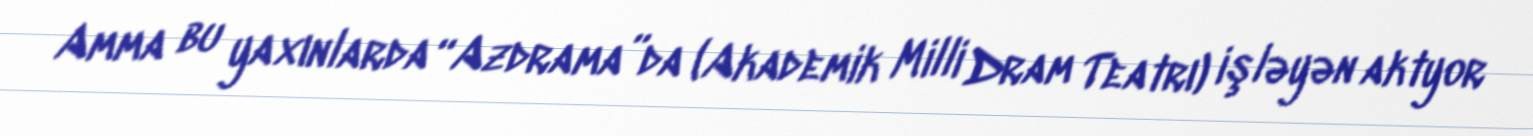
Amma bu yaxınlarda “Azdrama”da (Akademik Milli Dram Teatrı) işləyən aktyor